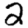
Digit: 2